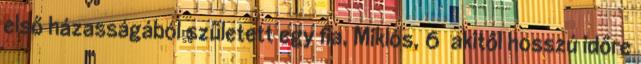
első házasságából született egy fia, Miklós, 6 akitől hosszú időre